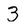
Character: 3